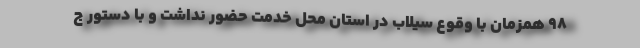
۹۸ همزمان با وقوع سیلاب در استان محل خدمت حضور نداشت و با دستور ج